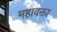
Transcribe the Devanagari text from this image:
महावक्ता